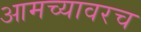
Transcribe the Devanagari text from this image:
आमच्यावरच